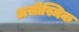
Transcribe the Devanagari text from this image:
असीस्मिक